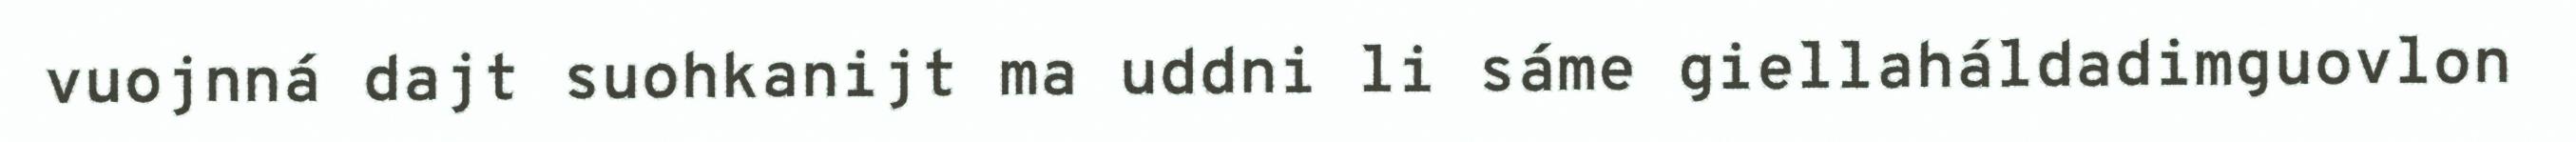
vuojnná dajt suohkanijt ma uddni li sáme giellaháldadimguovlon